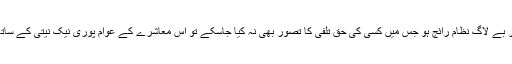
جب کسی معاشرے میں ریاستی قوانین کی حکمرانی اور عدل و انصاف کا چھوٹے بڑے کی تمیز کیے بغیر بے لاگ نظام رائج ہو جس میں کسی کی حق تلفی کا تصور بھی نہ کیا جاسکے تو اس معاشرے کے عوام پوری نیک نیتی کے ساتھ اپنے حکمرانوں کے لیے رطب اللسان ہوتے ہیں اور انکی اطاعت میں کسی عذر کو آڑے نہیں آنے دیتے۔